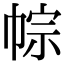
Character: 𢃏